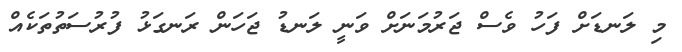
މި ލަނޑަށް ފަހު ވެސް ޖަރުމަނަށް ވަނީ ލަނޑު ޖަހަން ރަނގަޅު ފުރުސަތުތަކެއް